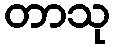
တာသု